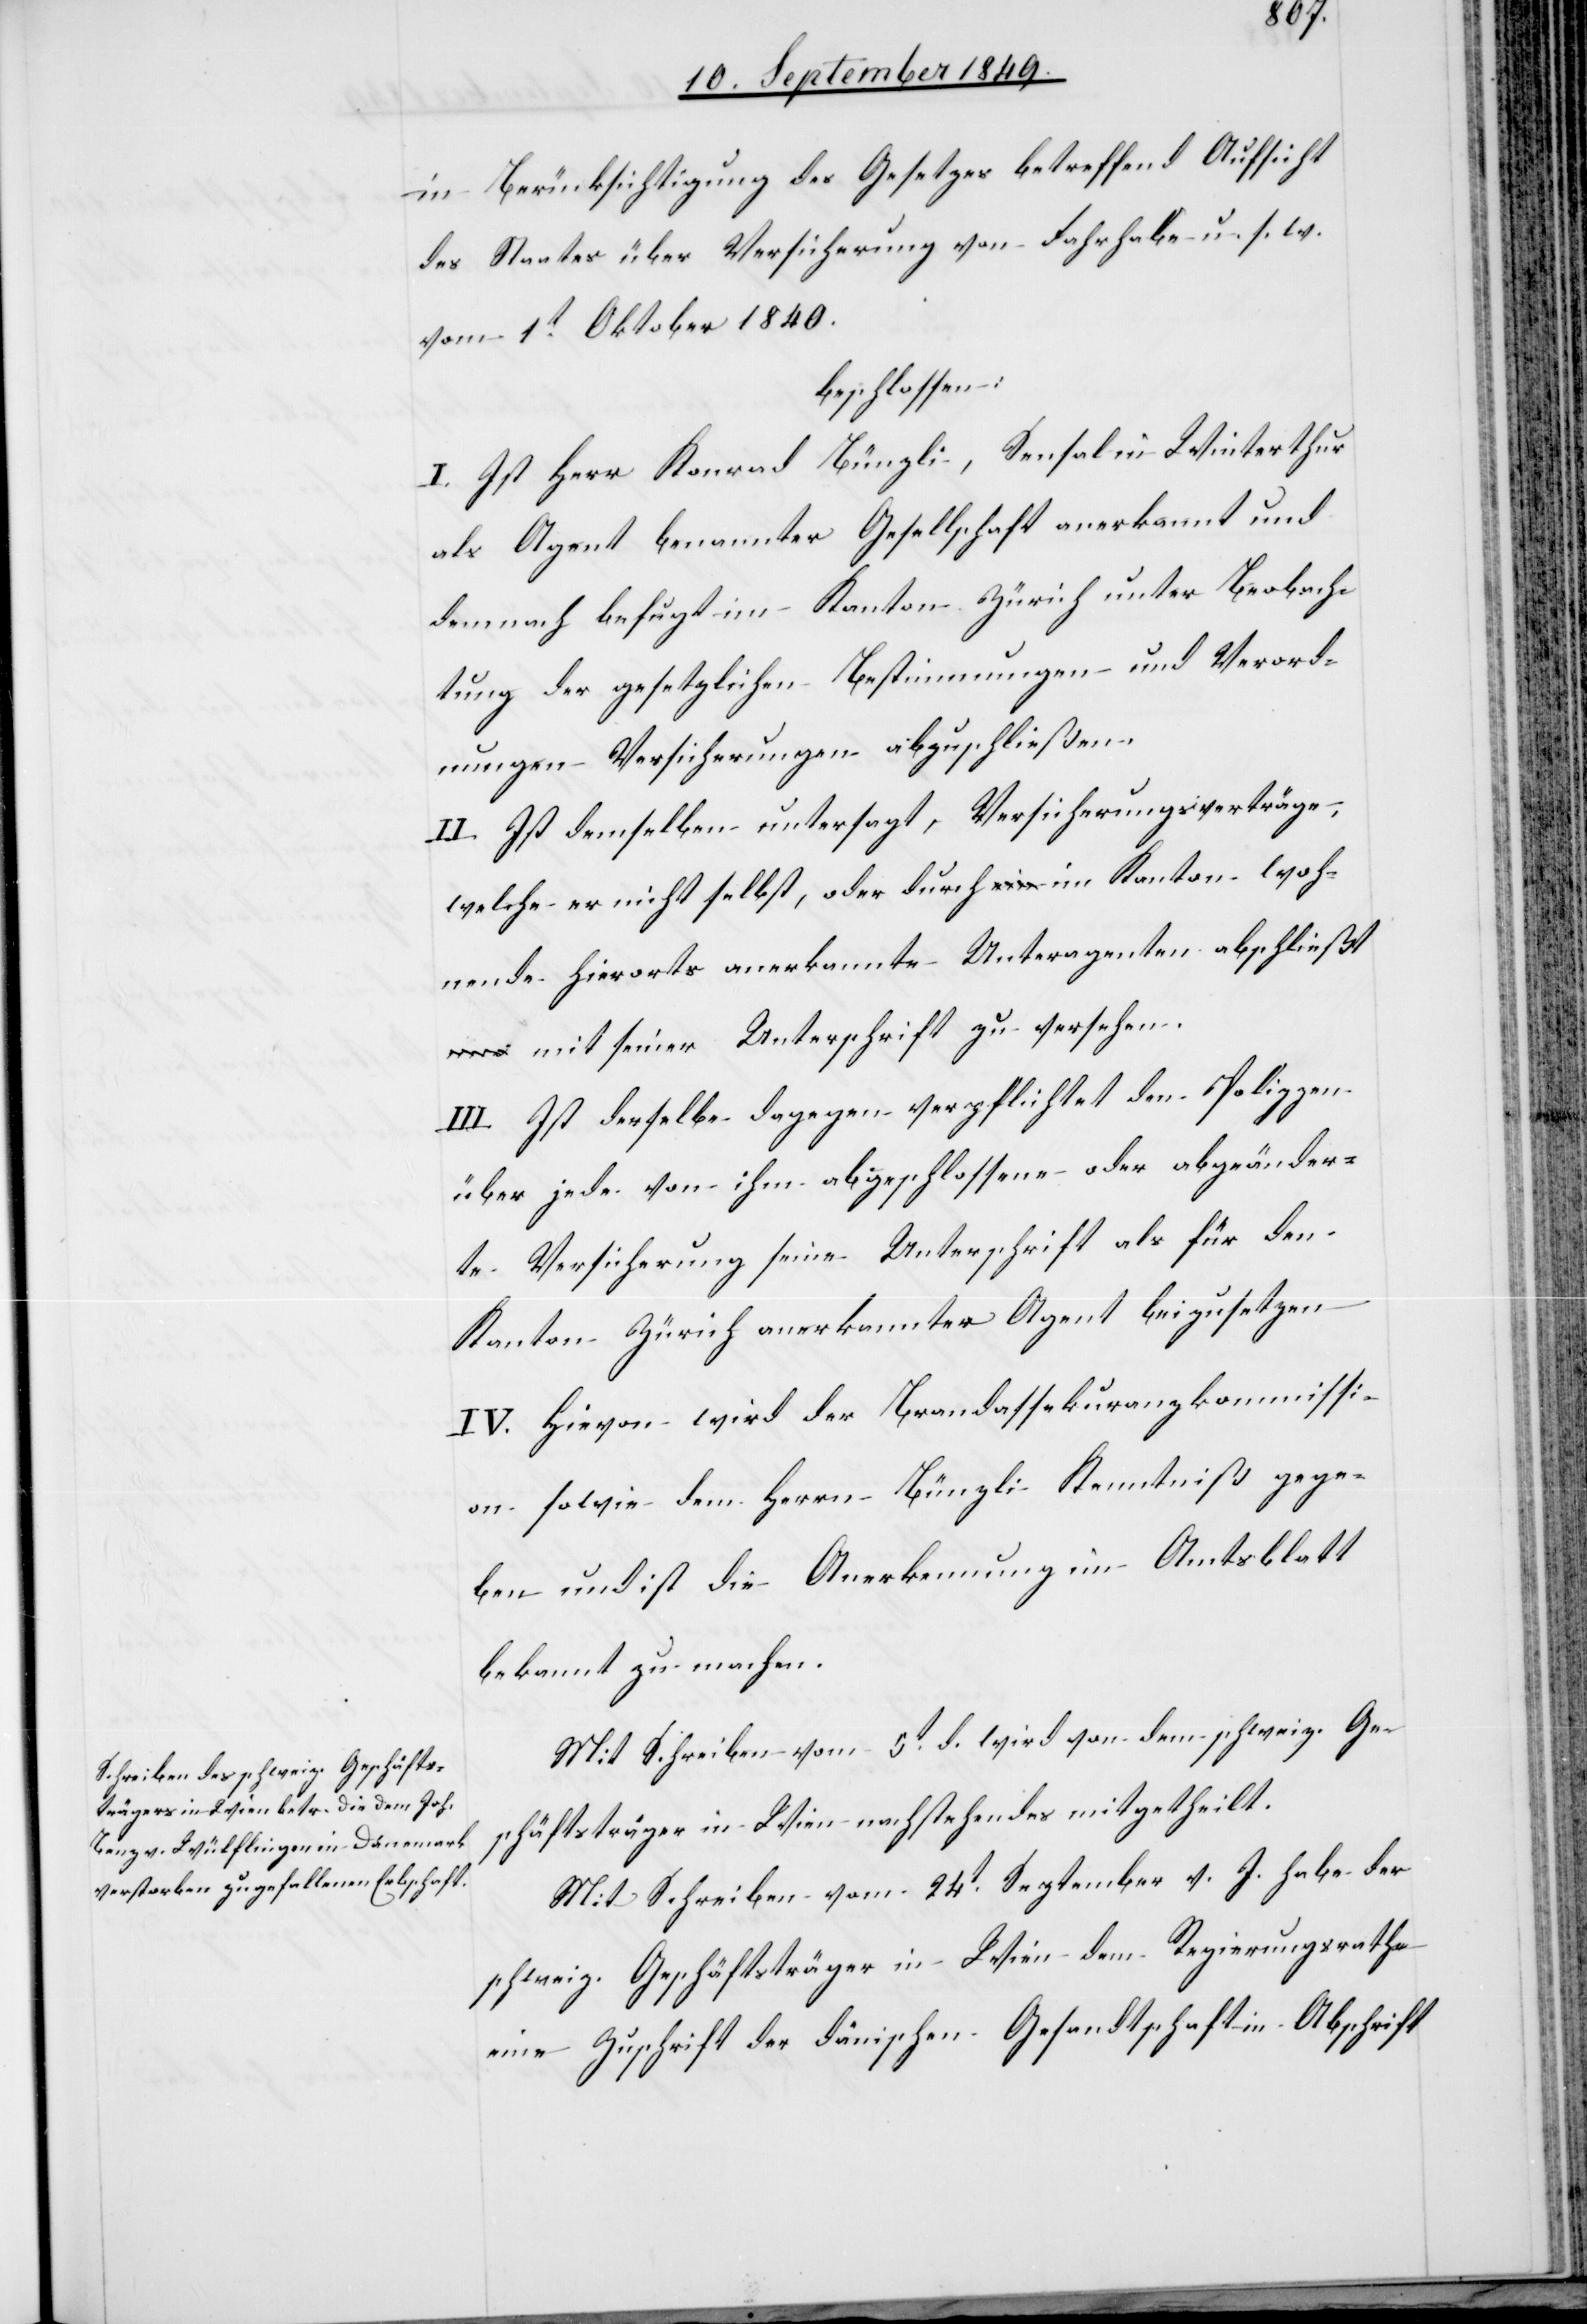
in Berücksichtigung des Gesetzes betreffend Aufsicht
des Staates über Versicherung von Fahrhabe u. s. w.
vom 1t Oktober 1840.
beschlossen:
I. Ist Herr Konrad Bünzli, Sensal in Winterthur
als Agent benannter Gesellschaft anerkannt und
demnach befugt im Kanton Zürich unter Beobach¬
tung der gesetzlichen Bestimmungen und Verord¬
nungen Versicherungen abzuschließen.
II. Ist demselben untersagt, Versicherungserträge,
welche er nicht selbst, oder durch im Kanton woh¬
nende hierorts anerkannte Unteragenten abschließt
mit seiner Unterschrift zu versehen.
III. Ist derselbe dagegen verpflichtet den Polizzen
über jede von ihm abgeschlossene oder abgeänder¬
te Versicherung seine Unterschrift als für den
Kanton Zürich anerkannter Agent beizusetzen.
IV. Hievon wird der Brandassekuranzkommissi¬
on sowie dem Herrn Bünzli Kenntniß gege¬
ben und ist die Anerkennung im Amtsblatt
bekannt zu machen.
Mit Schreiben vom 5t d. wird von dem schweiz. Ge¬
schäftsträger in Wien nachstehendes mitgetheilt.
Mit Schreiben vom 24t September v. J. habe der
schweiz. Geschäftsträger in Wien dem Regierungsrathe
eine Zuschrift der dänischen Gesandtschaft in Abschrift